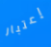
إعتبار